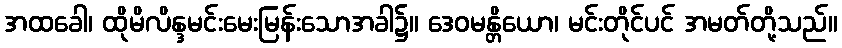
အထခေါ၊ ထိုမိလိန္ဒမင်းမေးမြန်းသောအခါ၌။ ဒေဝမန္တိယော၊ မင်းတိုင်ပင် အမတ်တို့သည်။